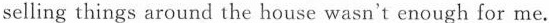
selling things around the house wasn't enough for me.